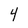
Character: 4